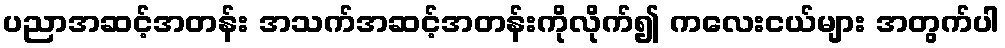
ပညာအဆင့်အတန်း အသက်အဆင့်အတန်းကိုလိုက်၍ ကလေးငယ်များ အတွက်ပါ